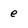
Character: e